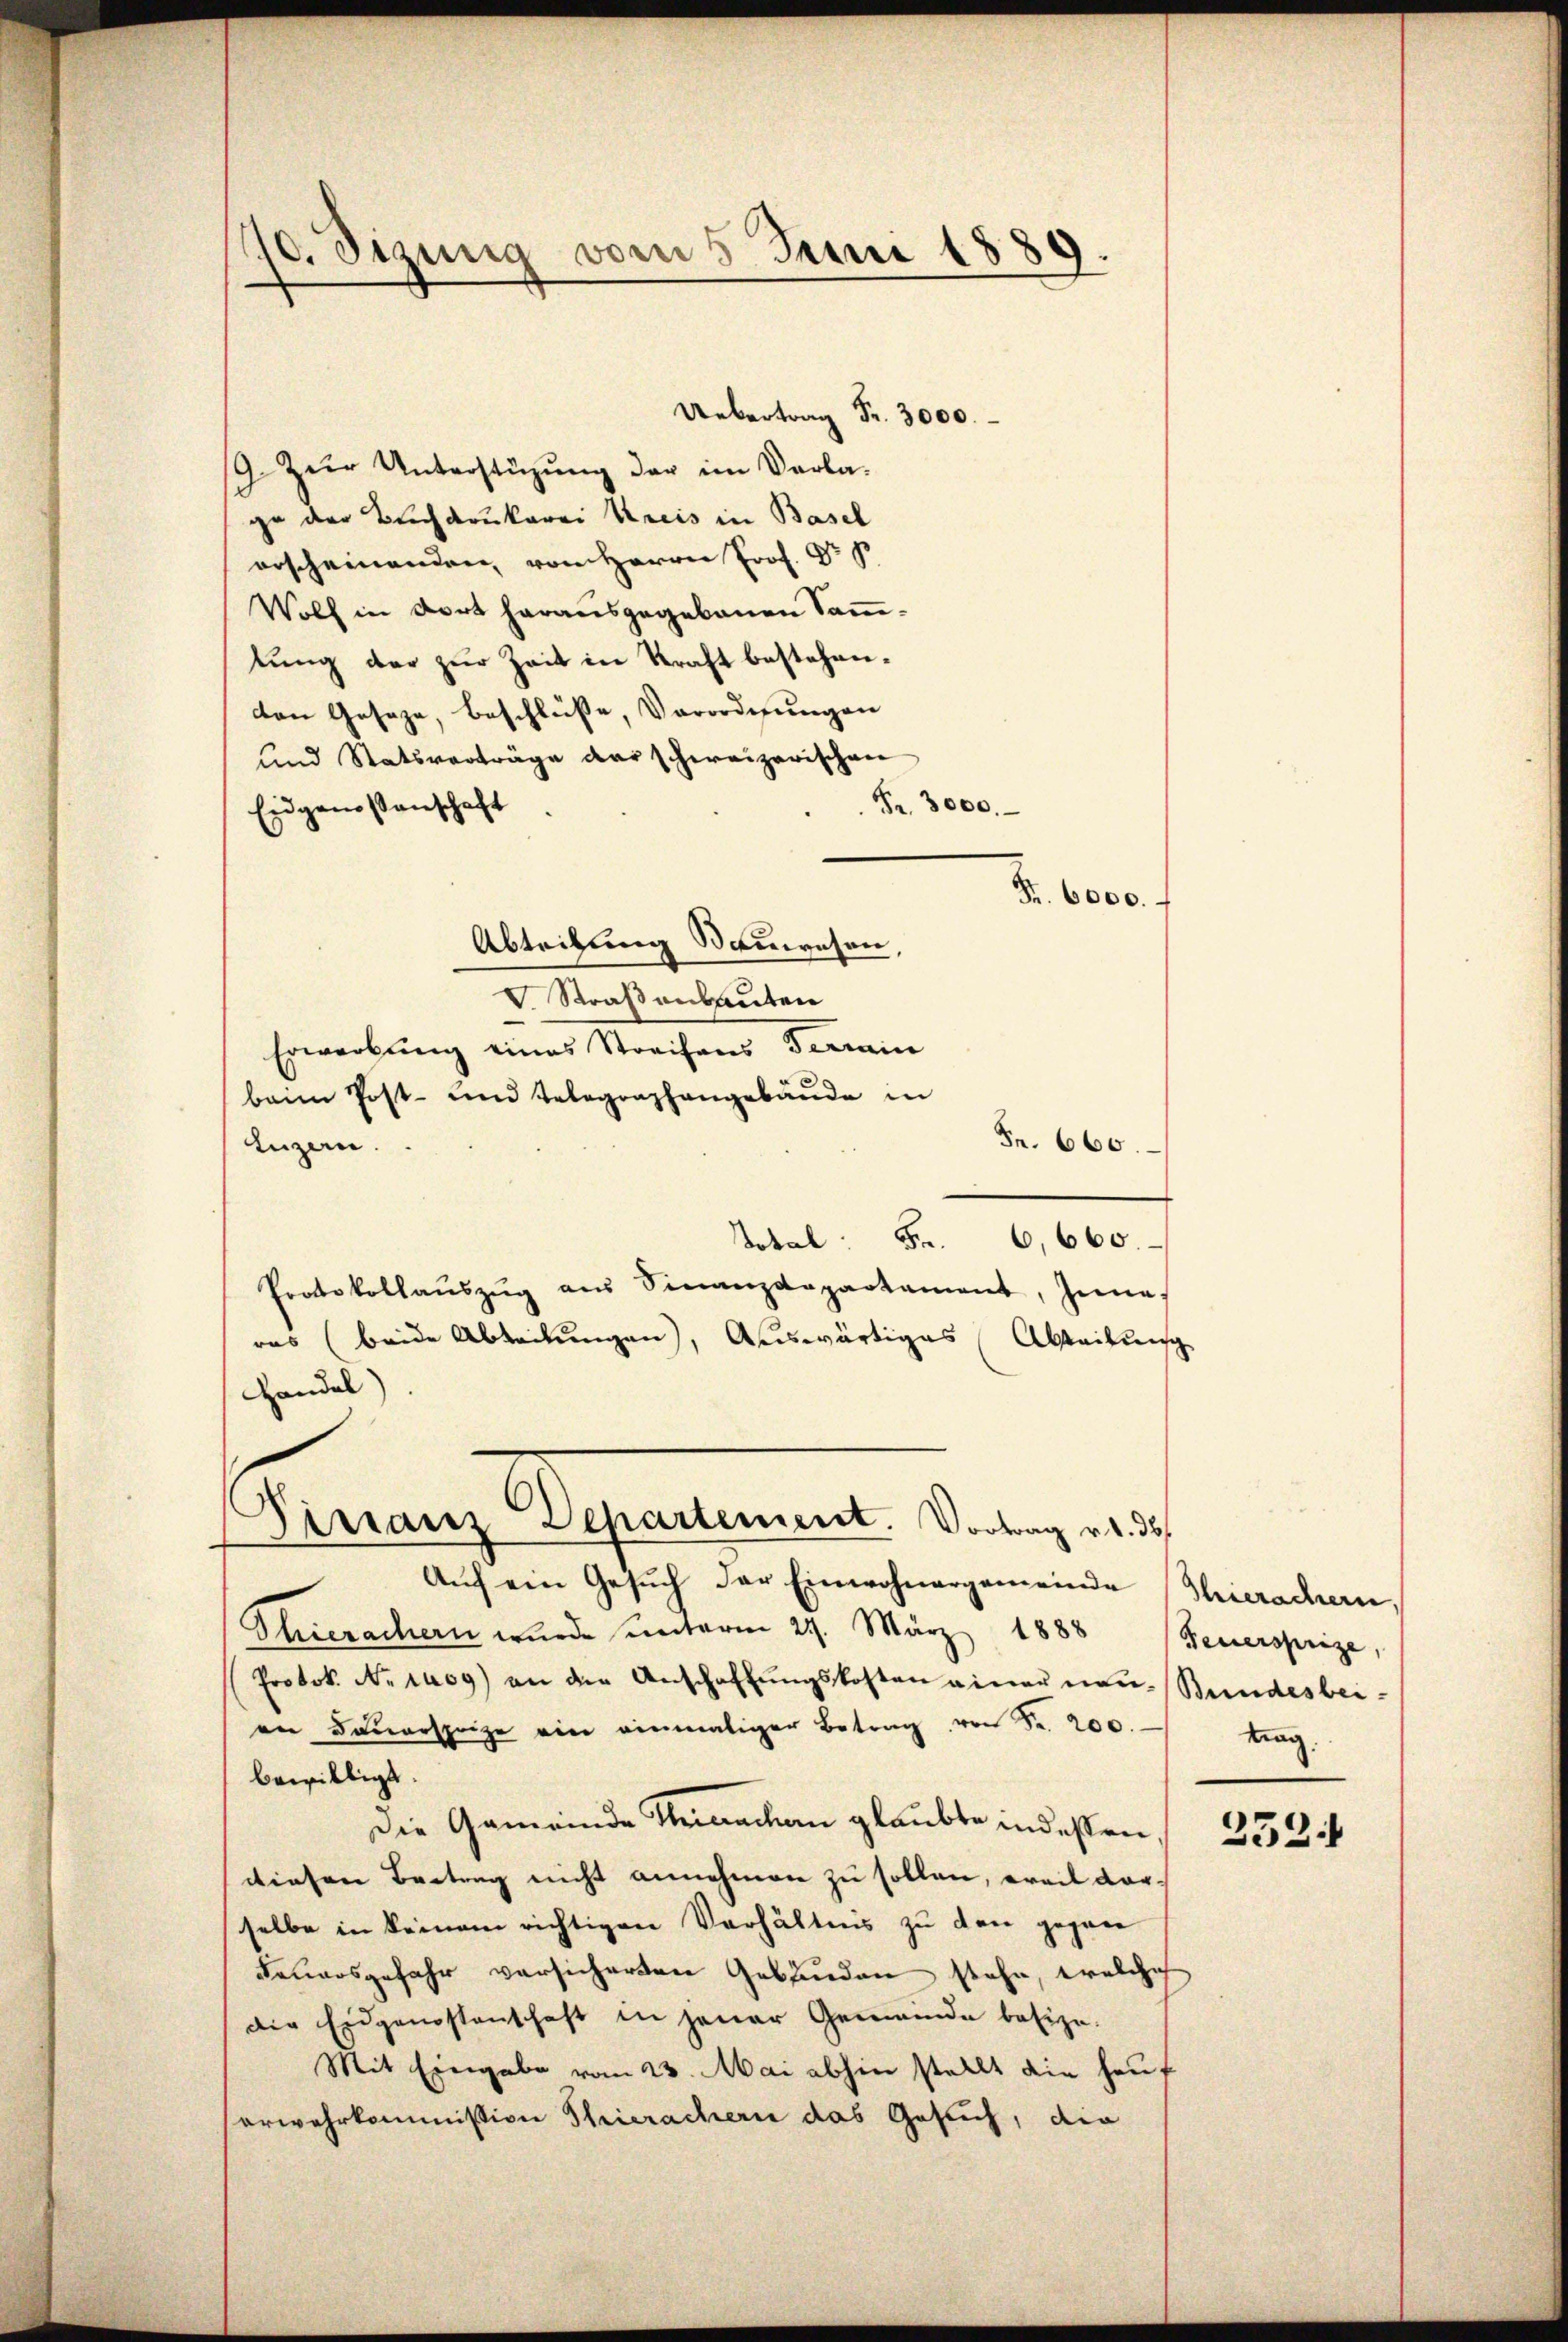
170. Sizung vom 5. Juni 1889.

Uebertrag Fr. 3000.
19. Zŭr Unterstüzung der im Verlage der Buchdrukerei Kreis in Basel
erscheinenden, von Herrn Prof. Dr. B
Wolf in dort herausgegebenen Samtŭng der zŭr Zeit in Kraft bestehen.
von Geseze, beschlüße, Verordnungen
und Statsverträge der schweizerischen
Fr. 3000.
Eidgenossenschaft
Fr. 6000.
Abteilung Sauwesen,
V. Straßenbauten
Erwerbung eines Streifens Terrain
baim Post- und Telegraphangebäŭde in
Fr. 660.
Luzern.
Dotal. Fr. 6660.
Protokollaŭszŭg aŭs Finanzdepartament, Inne
ras (beide Abteilungen), Auswärtiges (Abteilung
Handel)
Distanz Departement. Vortrag v. d. d
Aŭf ein Gesŭch der Einwohnergemeinde Thierachern,
Thierachern wurde unterm 29. März 1888 (Feuersprize,
Protok. N. 1409) an die Anschaffŭngskosten einer neu- Bundesbeian Bauersprize ein einmaliger Betrag von Fr. 200.
bewilligt.
Die Gemeinde Rheinacken glaubte indessen
diesen Beitrag nicht annehmen zu sollen, weil darselbe in keinem richtigen Verhältnis zu den gegen
Feuersgefahr versicherten Gebäuden stehe, welche
die Eidgenossenschaft in jener Gemeinde besize-
Mit Eingabe vom 23. Mai abhin stellt die haut
erwehrkommission Thierachern das Gesuch, die

trag

252.